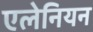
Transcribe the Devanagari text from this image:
एलेनियन